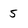
Character: 5